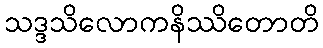
သဒ္ဒသိလောကနိဿိတောတိ